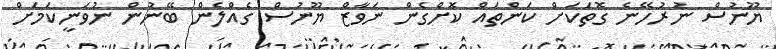
ޔޫނުސް ނުރުހޭނެ ގޮތަކަށް ކަންތައް ކޮށްގެން ނަވާޒް ޔޫނުސް ގެއްލެން ބޭނުން ނުވަނީކަމަށް